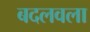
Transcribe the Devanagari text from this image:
बदलवला